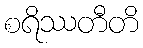
စရိဿတီတိ